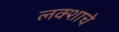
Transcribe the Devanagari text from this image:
लक्शाचे